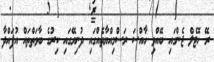
ރޭ ހޮޓެލް ޖެންގައި ބޭއްވި ހާއްސަ ރަސްމިއްޔާތެއްގައި ދުނިޔޭގައި ކިރުގެ ބާވަތްތައް އުފައްދާ